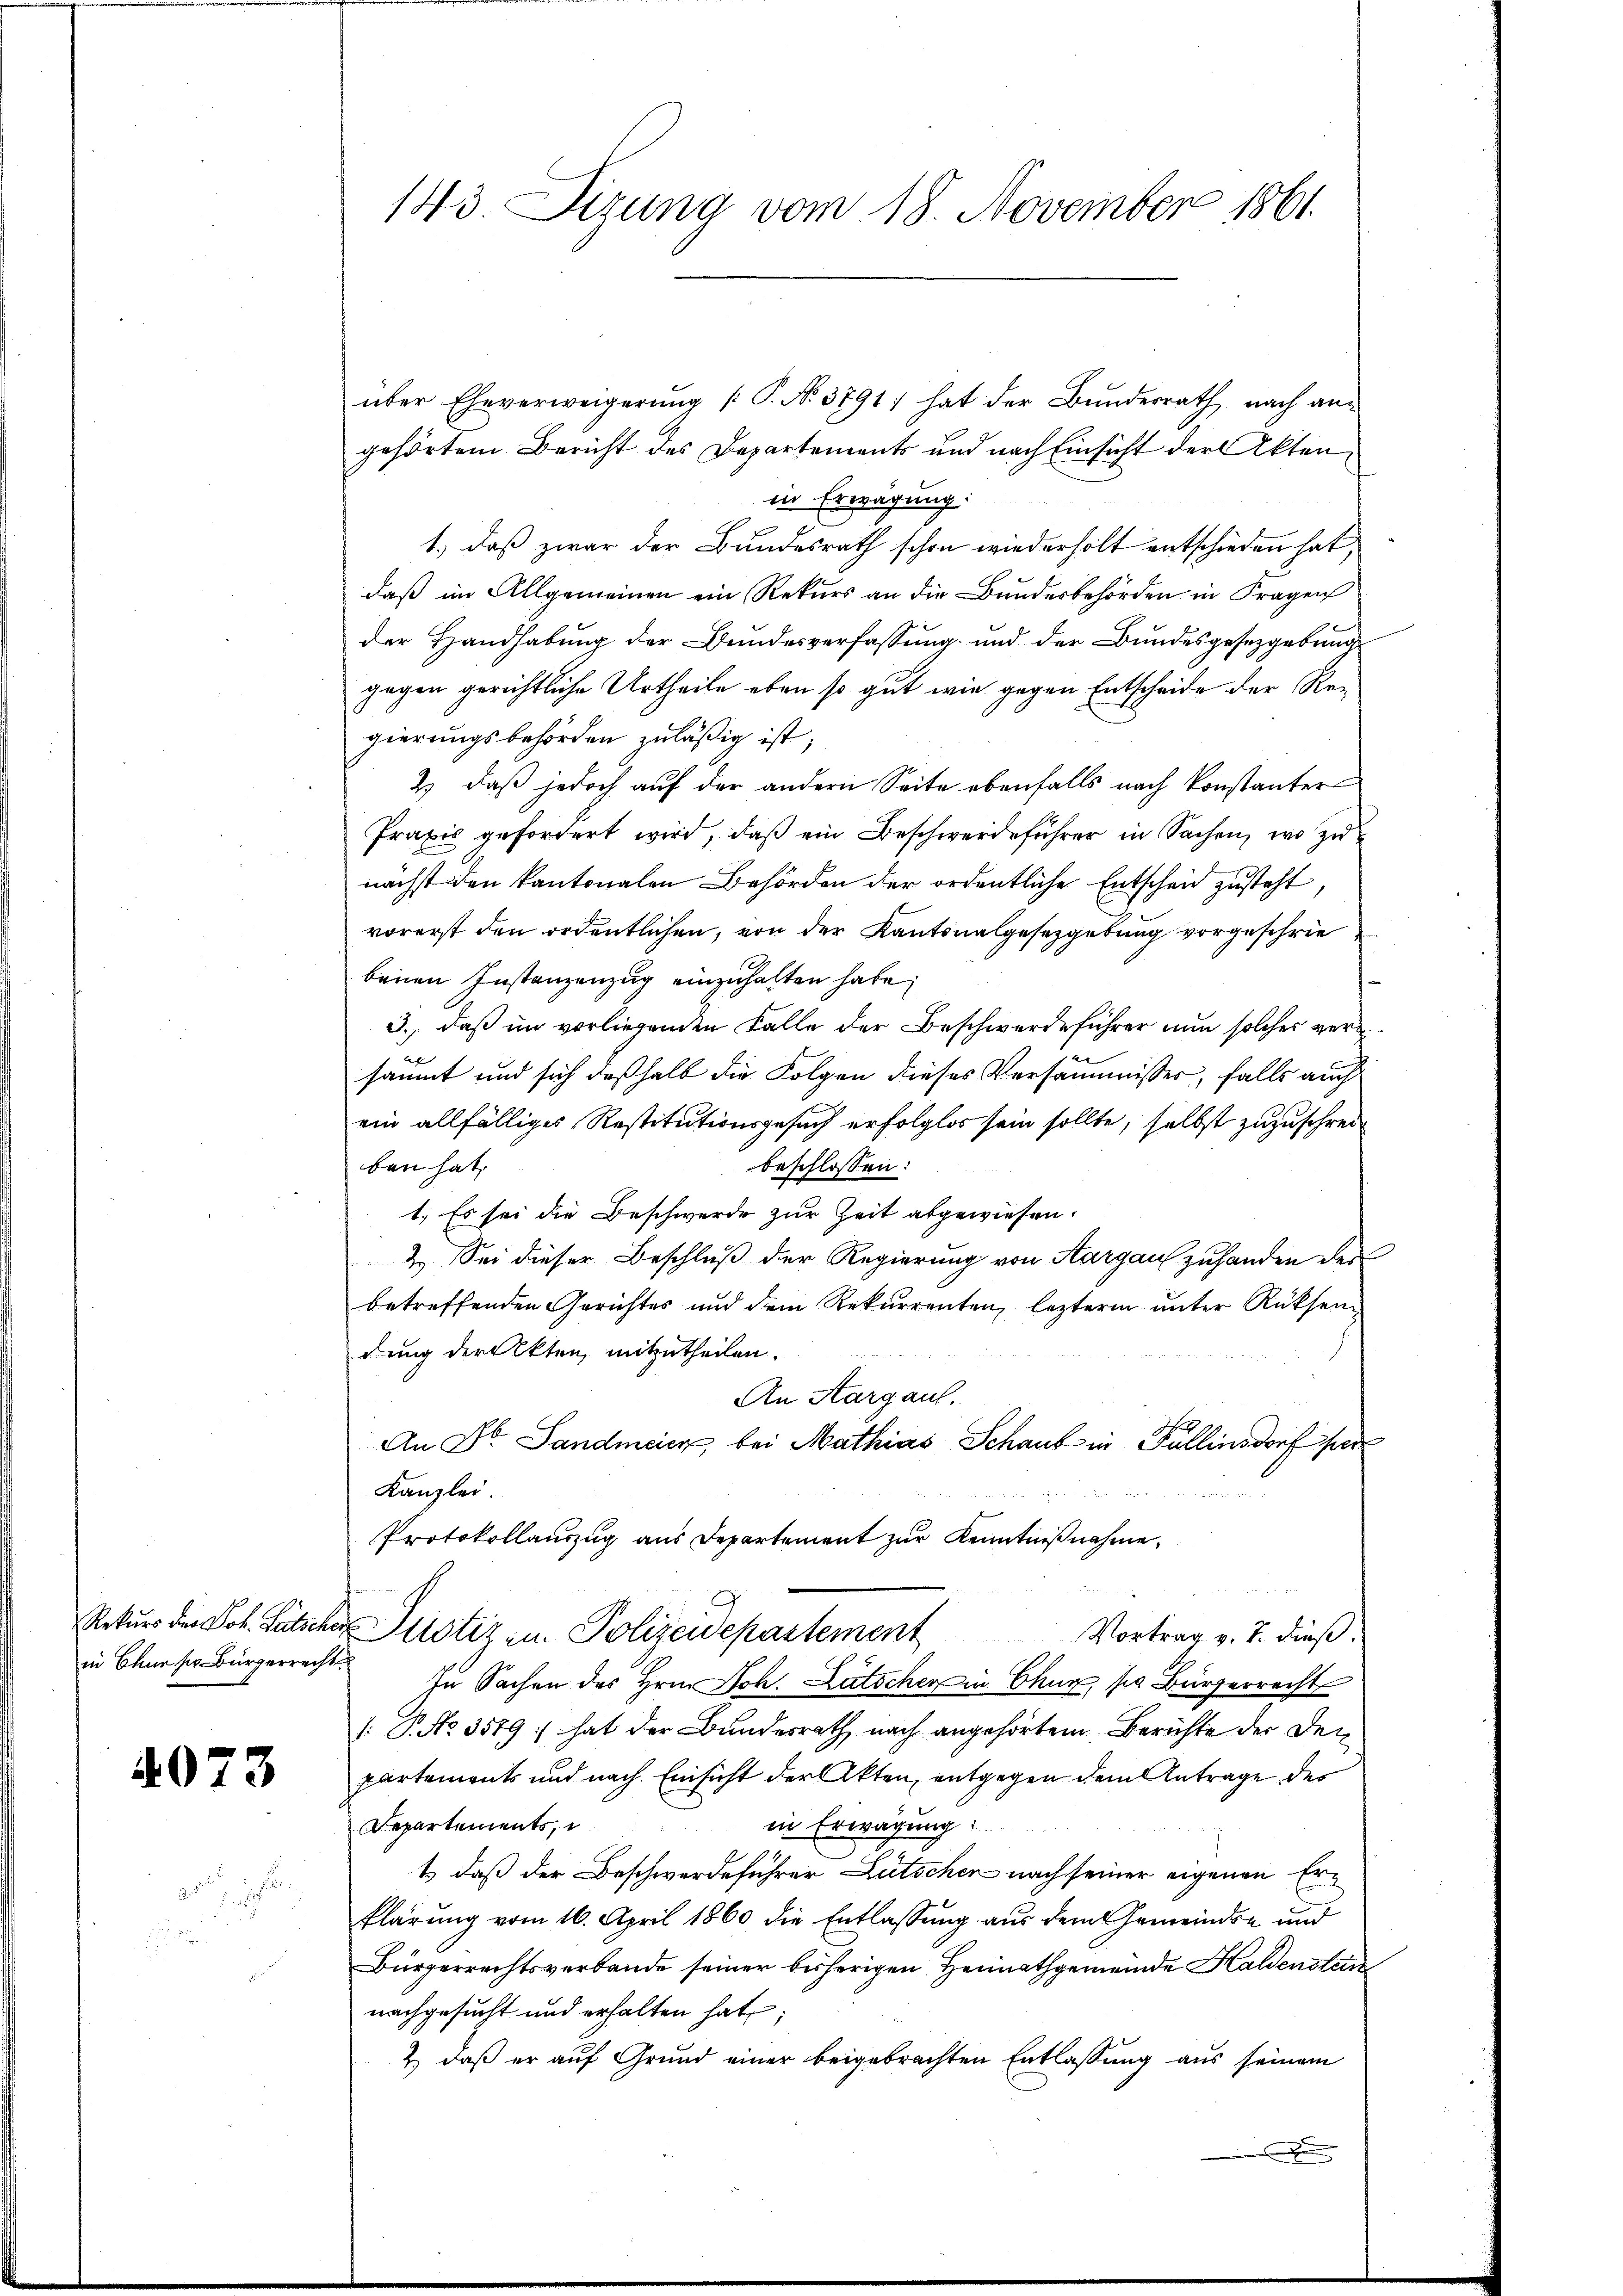
in Chur ser Bürgerrecht.

4073

.

r

über Eheverweigerung (: P. No. 3791; hat der Bundesrath, nach angehörten Bericht des Departements und nach Einsicht der Aktenin Erwägung:
1.) daß zwar der Bundesrath schon wiederholt entschieden hat,
daß im Allgemeinen ein Rekurs an die Bundesbehörden in Fragen
der Handhabung der Bundesverfassung und der Bundesgesetzgebung
gegen gerichtliche Urtheile eben so gut wie gegen Entscheide der Regierungsbehörden zuläßig ist;
2) daß jedoch auf der andern Seite ebenfalls nach konstanter
Praxis gefordert wird, daß ein Beschwerdeführer in Sachen, wo zu
nächst den kantonalen Behörden der ordentliche Entscheid zusteht,
vorerst den ordentlichen, von der Kantonalgesetzgebung vorgeschrie
benen Instanzenzug einzuhalten habe;
3., daß im vorliegenden Falle der Beschwerdeführer nun solches ver
säumt und sich deßhalb die Folgen dieses Versammisser, falls auch
ein allfälliges Restitutionsgesuch erfolglos sein sollte, selbst zuzuschreiben hat,
beschlossen:
1. Es sei die Beschwerde zur Zeit abgewiesen.
2. Sei dieser Beschluß der Regierung von Aargau zuhanden der
betreffenden Gerichtes und dem Rekurrenten, lezterm ŭnter Rücksen
dung der Akten, mitzutheilen.
An Aargaul.
An Dr. Landmeier, bei Mathias Schaut in Fallinsdorf per
Kanzlei.
Protokollauszug aus Departement zur Kenntnißnahme,
r
Rekurs der Joh. Gutscher Sistiz- u. Polizeidepartement
Vortrag v. J. dieß:
In Sachen des Hrn. Joh. Lätscher in Chur, pr Bürgerrecht
1. P. No. 3579 :/ hat der Bundesrath nach angehörtem Berichte der Den
partements und nach Einsicht der Akten, entgegen dem Antrage des
in Erwägung:
Departements,
t daß der Beschwerdeführer Lütschen nach seiner eigenen Erklärung vom 16. April 1860 die Entlassung aus dem Gemeinds- und
Bürgerrechtsverbande seiner bisherigen Heimathgemeinde Haldenstan
nachgesucht und erhalten hat;
& daß er auf Grund einer beigebrachten Entlassung aus seinem

143. Sizung vom 18. November 1861.